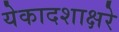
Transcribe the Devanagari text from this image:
येकादशाक्षरे